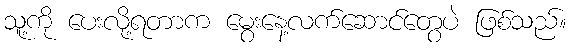
သူ့ကို ပေးလို့ရတာက မွေးနေ့လက်ဆောင်တွေပဲ ဖြစ်သည်။